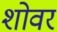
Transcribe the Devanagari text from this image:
शोवर